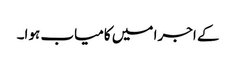
کے اجرا میں کامیاب ہوا۔